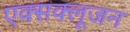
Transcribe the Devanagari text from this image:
एक्सक्लूजन